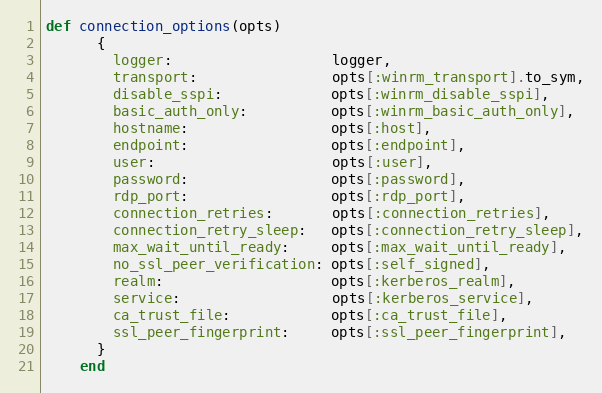
Language: Ruby
def connection_options(opts)
      {
        logger:                   logger,
        transport:                opts[:winrm_transport].to_sym,
        disable_sspi:             opts[:winrm_disable_sspi],
        basic_auth_only:          opts[:winrm_basic_auth_only],
        hostname:                 opts[:host],
        endpoint:                 opts[:endpoint],
        user:                     opts[:user],
        password:                 opts[:password],
        rdp_port:                 opts[:rdp_port],
        connection_retries:       opts[:connection_retries],
        connection_retry_sleep:   opts[:connection_retry_sleep],
        max_wait_until_ready:     opts[:max_wait_until_ready],
        no_ssl_peer_verification: opts[:self_signed],
        realm:                    opts[:kerberos_realm],
        service:                  opts[:kerberos_service],
        ca_trust_file:            opts[:ca_trust_file],
        ssl_peer_fingerprint:     opts[:ssl_peer_fingerprint],
      }
    end